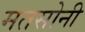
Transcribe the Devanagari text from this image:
मतसोनी